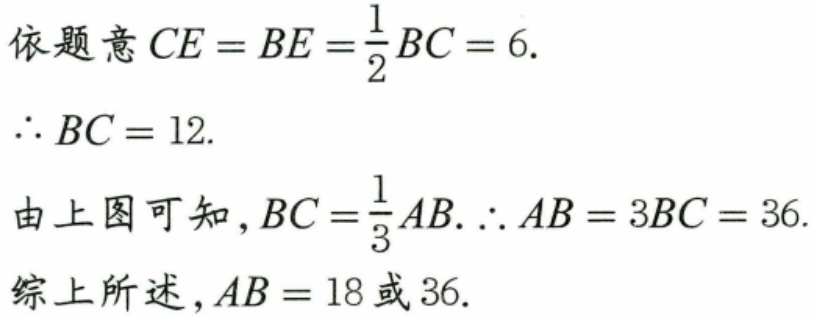
依题意\(CE = BE=\frac{1}{2}BC = 6.\)
\(\therefore BC = 12.\)
由上图可知，\(BC=\frac{1}{3}AB.\therefore AB = 3BC = 36.\)
综上所述，\(AB = 18\)或\(36.\)